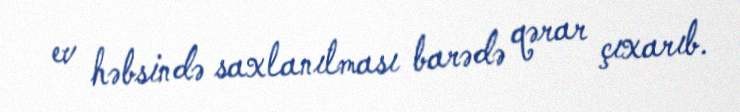
ev həbsində saxlanılması barədə qərar çıxarıb.